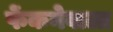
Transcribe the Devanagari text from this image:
फेंकनेवाला